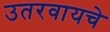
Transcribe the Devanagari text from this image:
उतरवायचे